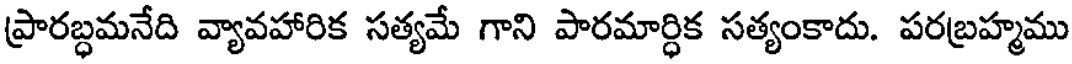
ప్రారబ్ధమనేది వ్యావహారిక సత్యమే గాని పారమార్ధిక సత్యంకాదు. పరబ్రహ్మము